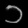
Digit: ၁